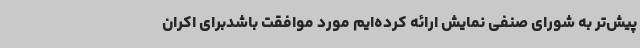
پیش‌تر به شورای صنفی نمایش ارائه کرده‌ایم مورد موافقت باشدبرای اکران